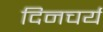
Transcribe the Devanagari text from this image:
दिनचर्य